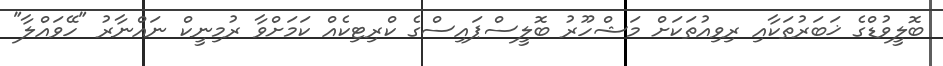
ބޮލީވުޑްގެ ޚަބަރުތަކާއި ރިވިއުތަކަށް މަޝްހޫރު ބޮލީސްޕައިސްގެ ކްރިޓިކެއް ކަމަށްވާ ރުމިނީކް ނައްނާރު "ހޭވައްލާ"